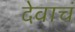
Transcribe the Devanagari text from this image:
देवाचं